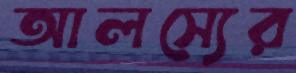
আলস্যের